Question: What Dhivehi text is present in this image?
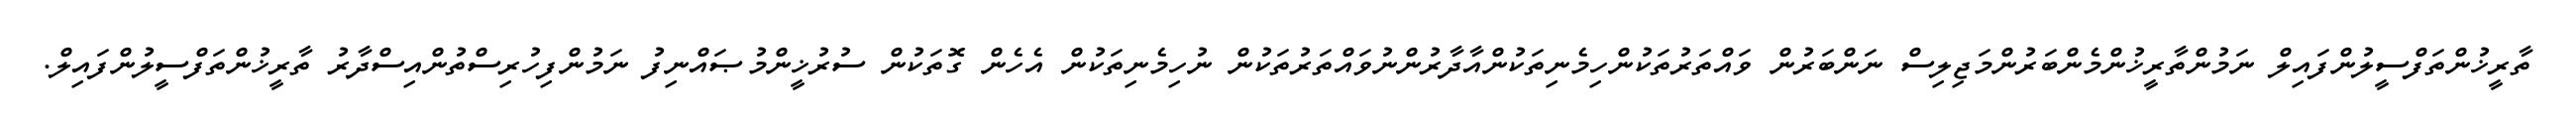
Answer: ތާރީޚުންތަފްސީލުންފައިލް ނަމުންތާރީޚުންމެންބަރުންމަޖިލިސް ނަންބަރުން ވައްތަރުތަކުންހިމެނިތަކުންއާދާރުންނުވައްތަރުތަކުން ނުހިމެނިތަކުން އެހެން ގޮތަކުން ސުރުޚީންމުޞައްނިފު ނަމުންފިހުރިސްތުންއިސްދާރު ތާރީޚުންތަފްސީލުންފައިލް.